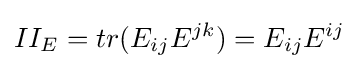
II_{E}=tr(E_{ij}E^{jk})=E_{ij}E^{ij}